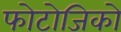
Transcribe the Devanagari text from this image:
फोटोजिको